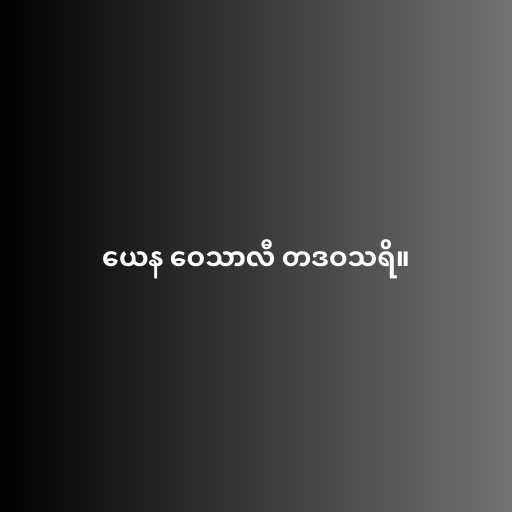
ယေန ဝေသာလီ တဒဝသရိ။